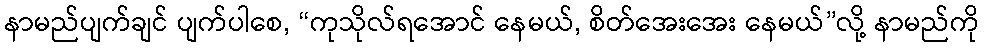
နာမည်ပျက်ချင် ပျက်ပါစေ, “ကုသိုလ်ရအောင် နေမယ်, စိတ်အေးအေး နေမယ်”လို့ နာမည်ကို